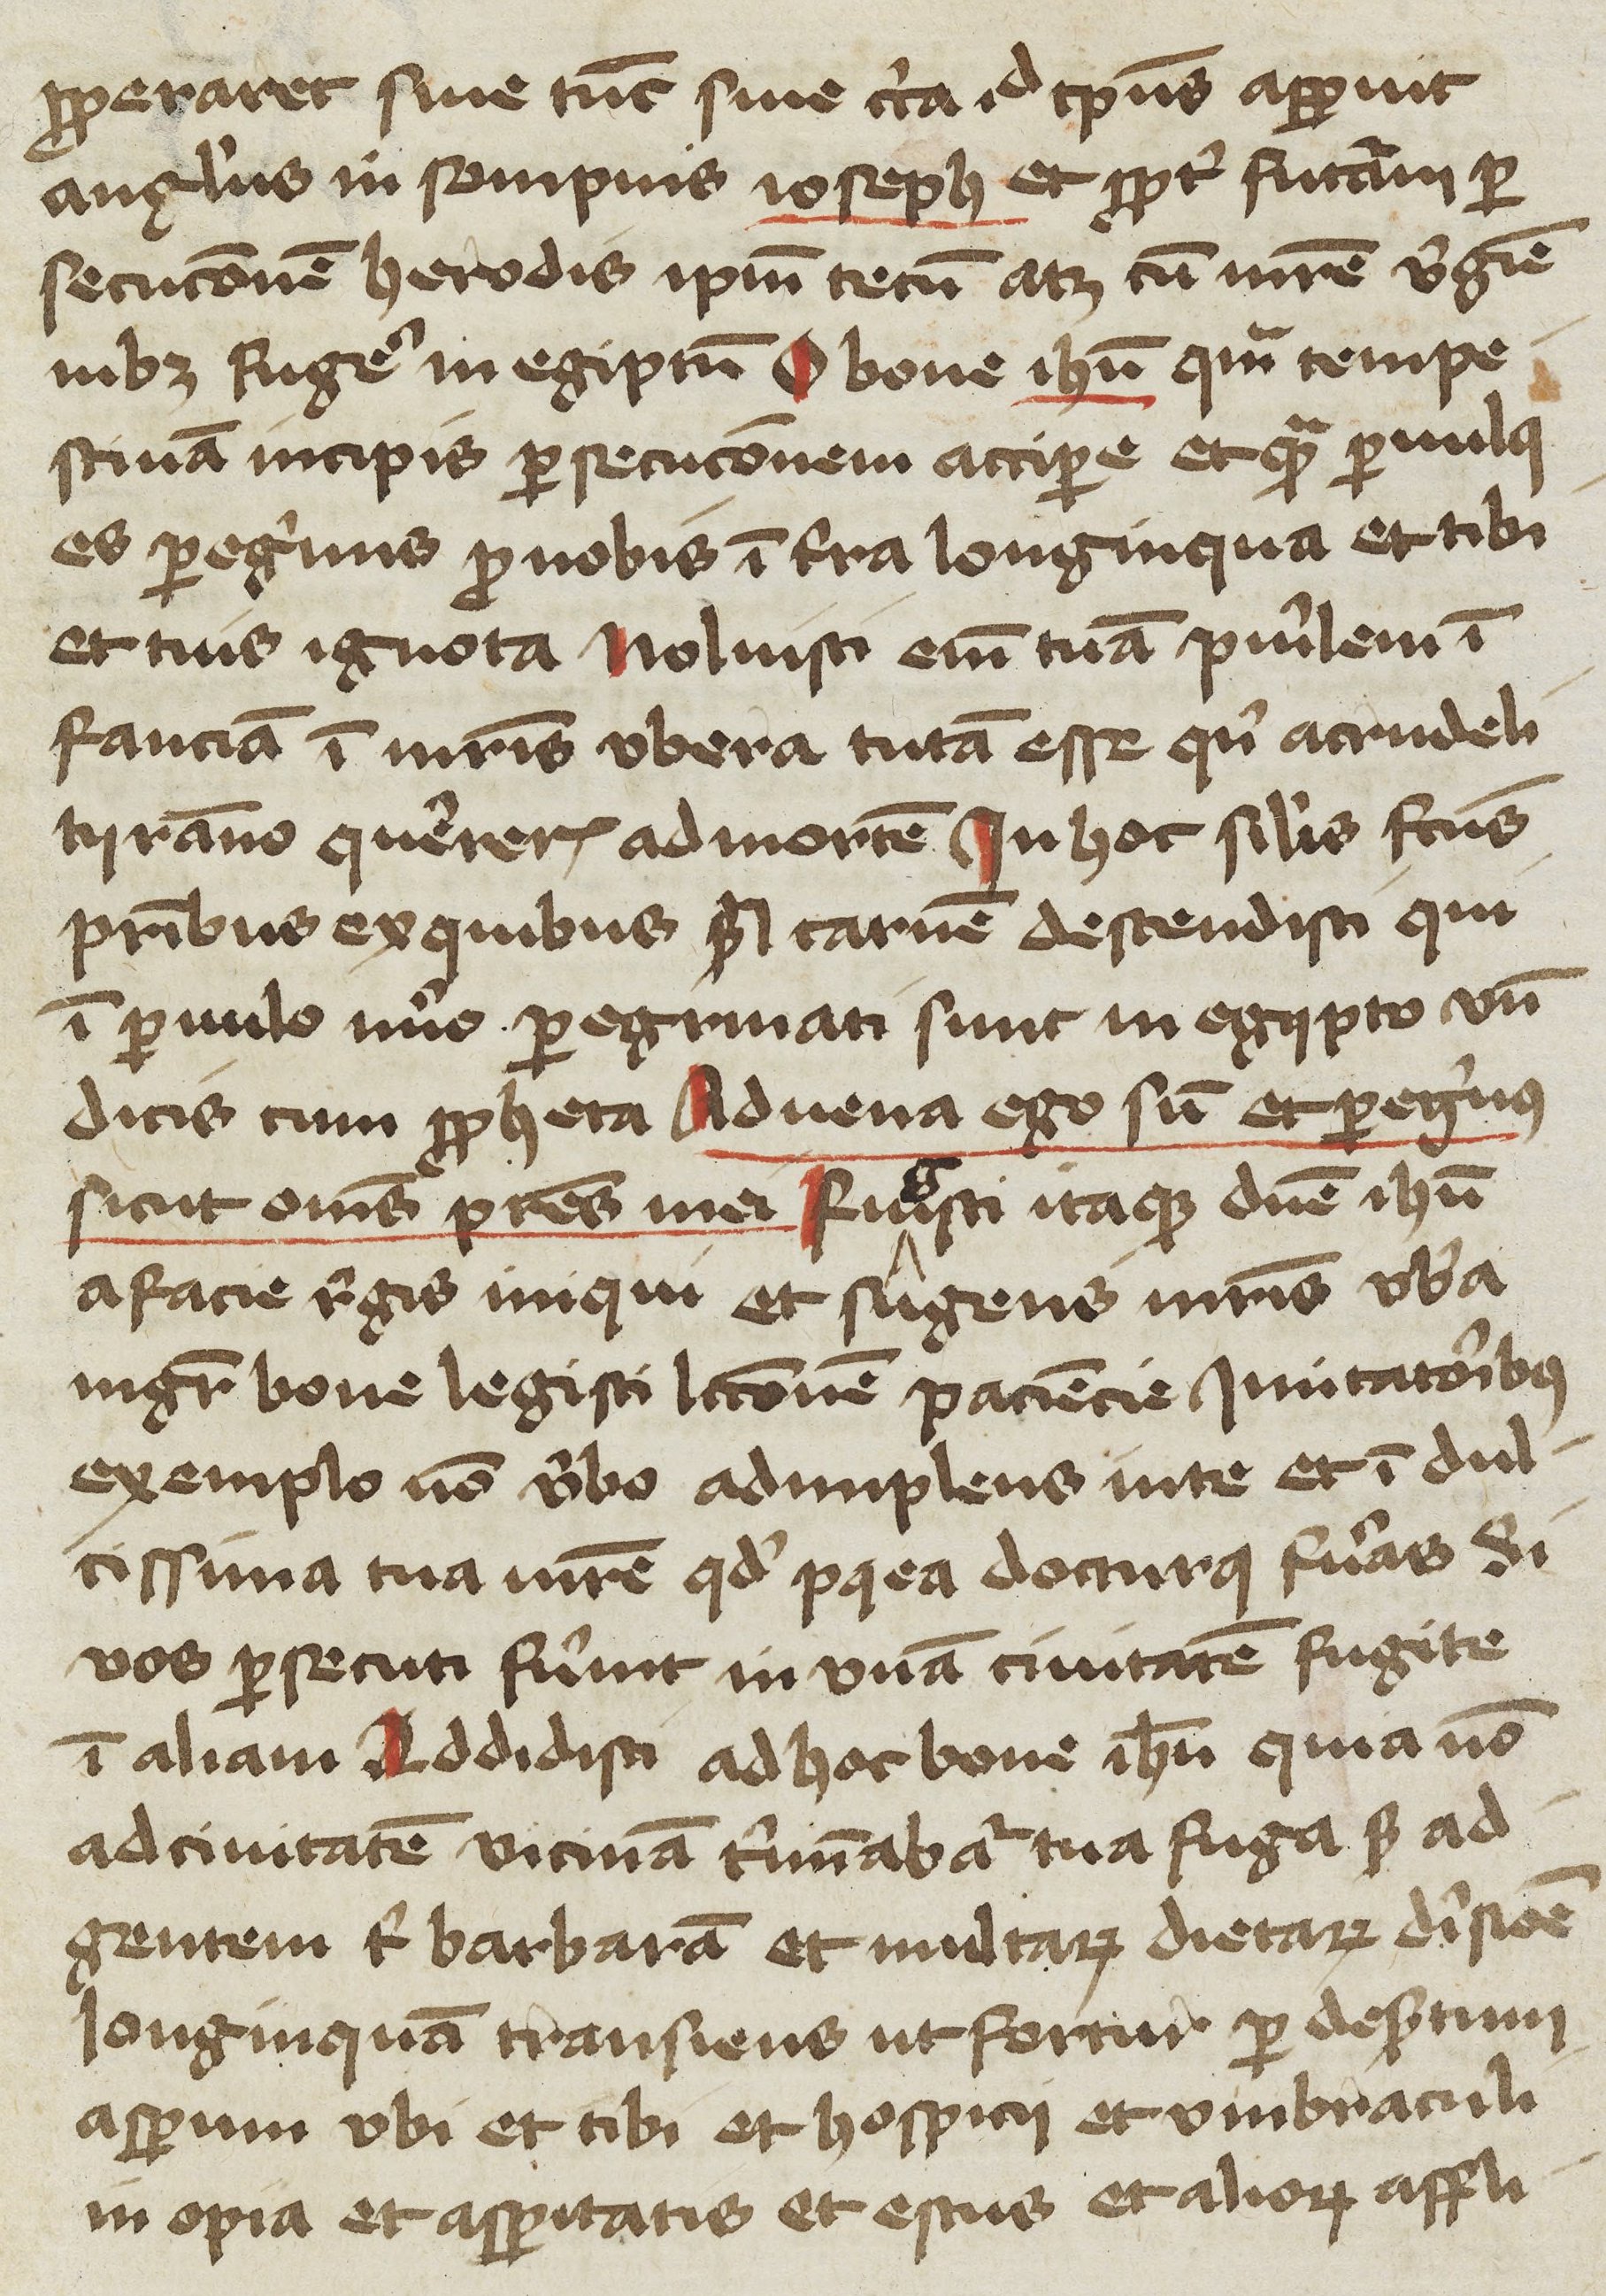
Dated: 1400–1449